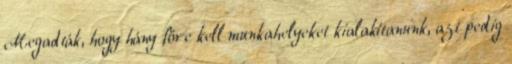
Megadták, hogy hány főre kell munkahelyeket kialakítanunk, azt pedig